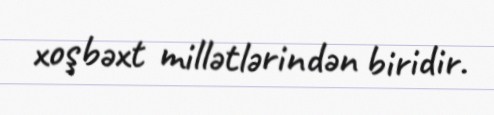
xoşbəxt millətlərindən biridir.